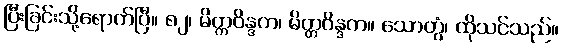
ပြီးခြင်းသို့ရောက်ပြီ။ ၈၂၊ မိတ္တဝိန္ဒက၊ မိတ္တဝိန္ဒက။ သောတွံ၊ ထိုသင်သည်။